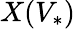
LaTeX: X(V_{*})